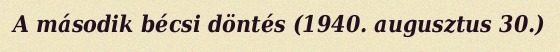
A második bécsi döntés (1940. augusztus 30.)